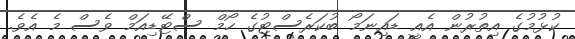
ކުޅުމުގެ އިތުރުން އެއީ ޑައިނަމޯ ބުކަރެސްޓުގެ ހޯމް ސްޓޭޑިއަމް ވެސް މެ އެވެ.